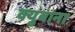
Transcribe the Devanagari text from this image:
क्युबाना